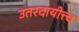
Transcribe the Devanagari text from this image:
उतरदायीत्त्व